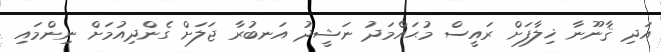
އަދި ޤާނޫނާ ޚިލާފަށް ރައީސް މުޙައްމަދު ނަޝީދު އަނބުރާ ޖަލަށް ގެންދިއުމަށް ނިންމައި